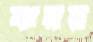
ঝমর